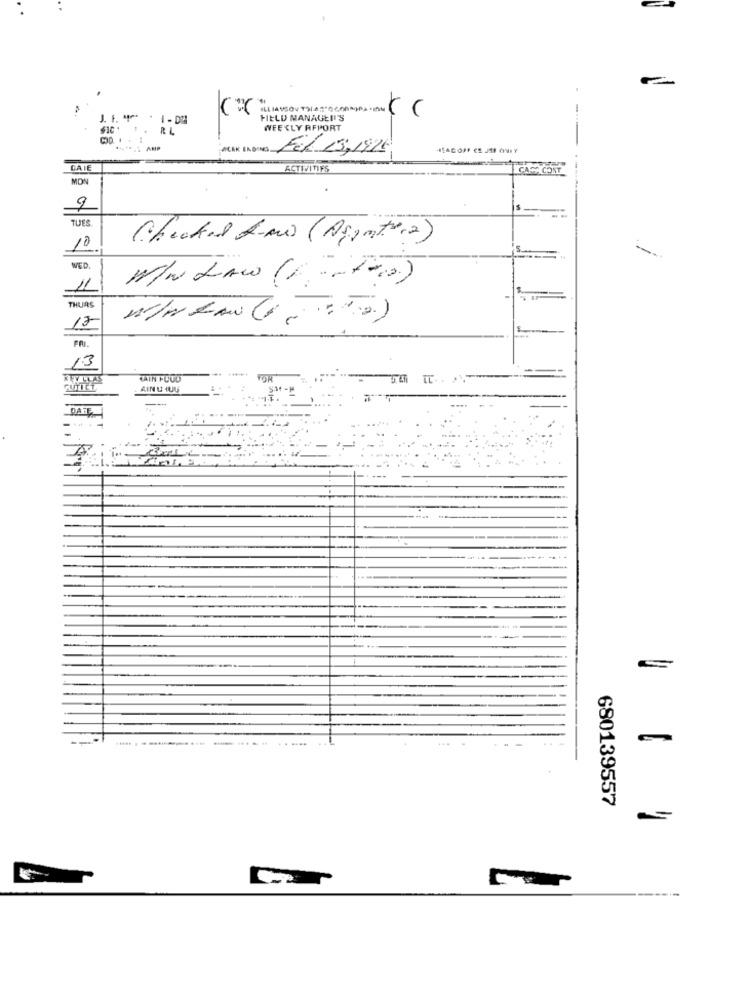
-
1.1. 4
1 - DM
ILLIAVSOV THIA:" Genomn. mw < <
HELD MANAGEIT'S
RL
WEEKLY REPORT
AMP
ADING
Fil 13,1916
LAIE
ACTIVITIES
CADA COST
MON
9
TUES
Chechal Lima (Agentura)
10
WED.
M/W LAW (1+000)
11
THURS
17
13
LAIN FUUD
GUTICT
AIN U HUU
DATE
680139557